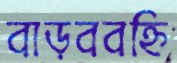
বাড়ববহ্নি